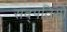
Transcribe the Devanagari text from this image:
सद्पतियों